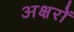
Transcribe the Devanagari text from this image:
अक्षरोें